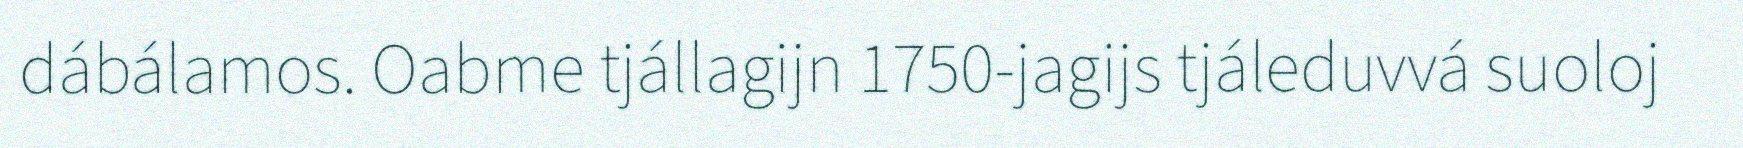
dábálamos. Oabme tjállagijn 1750-jagijs tjáleduvvá suoloj